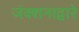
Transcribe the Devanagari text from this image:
जंक्शनाद्वारे